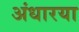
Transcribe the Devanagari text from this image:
अंधारया